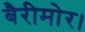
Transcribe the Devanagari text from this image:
बैरीमोर।